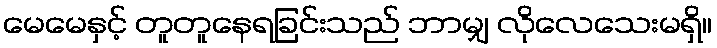
မေမေနှင့် တူတူနေရခြင်းသည် ဘာမျှ လိုလေသေးမရှိ။